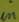
Text: in